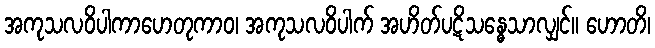
အကုသလဝိပါကာဟေတုကာဝ၊ အကုသလဝိပါက် အဟိတ်ပဋိသန္ဓေသာလျှင်။ ဟောတိ၊